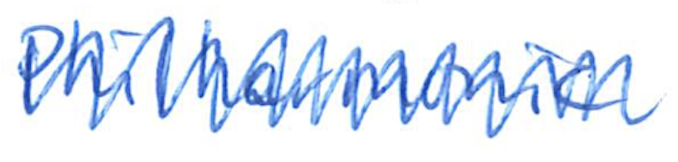
Text: Philharmonic
Cross-out: zig-zag
Writing tool: ballpoint